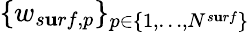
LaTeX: \{ w_{s\mathbf{u}rf,p}\} _{p\in\{ 1,\dots,N^{s\mathbf{u}rf}\} }